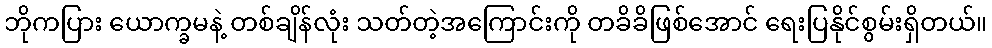
ဘိုကပြား ယောက္ခမနဲ့ တစ်ချိန်လုံး သတ်တဲ့အကြောင်းကို တခိခိဖြစ်အောင် ရေးပြနိုင်စွမ်းရှိတယ်။